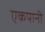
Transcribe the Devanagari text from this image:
एकपानी